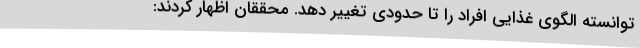
توانسته الگوی غذایی افراد را تا حدودی تغییر دهد. محققان اظهار کردند: